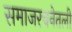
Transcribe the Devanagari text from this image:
समाजरचनेतली